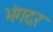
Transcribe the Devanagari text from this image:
भंगदर